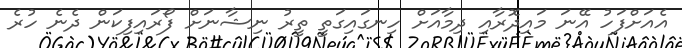
އެއަށްފަހު އޭނަ މައިދޮރާއި ދިމާއަށް ހިނގައިގަތީ ތީރު ނިޝާނަށް ފޯރައިފިކަން ދެނެ ހުރެ